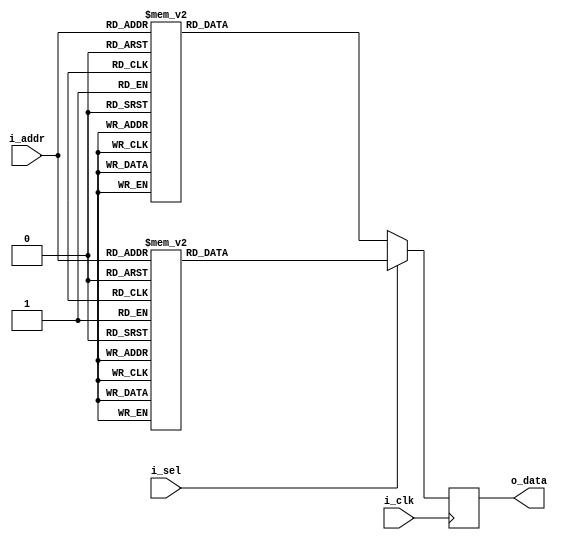
/*  
Copyright 2019 XCrypt Studio                
																	 
Licensed under the Apache License, Version 2.0 (the "License");         
you may not use this file except in compliance with the License.        
You may obtain a copy of the License at                                 
																	 
 http://www.apache.org/licenses/LICENSE-2.0                          
																	 
Unless required by applicable law or agreed to in writing, software    
distributed under the License is distributed on an "AS IS" BASIS,       
WITHOUT WARRANTIES OR CONDITIONS OF ANY KIND, either express or implied.
See the License for the specific language governing permissions and     
limitations under the License.                                          
*/  

// ------------------------------------------------------------------------------
// Function         :   CAST5 Cryptographic Algorithm Core SBox-3 & SBox-7
// ------------------------------------------------------------------------------
// Version            v-1.0
// ------------------------------------------------------------------------------

`timescale 1ns / 1ps

module cast5_sbox37(
	input 			i_clk,
	input			i_sel, //1:s-box3 0:s-box7
    input   [7:0]   i_addr,
    output  [31:0]  o_data
    );
	
	localparam DLY = 1;
	
    reg [31:0] r_dout;
    assign o_data = r_dout;
	//
    always@(posedge i_clk) begin
		if(i_sel) begin		//sbox-3
			case(i_addr)
				8'h00 : r_dout <= #DLY 32'h8defc240;
				8'h01 : r_dout <= #DLY 32'h25fa5d9f;
				8'h02 : r_dout <= #DLY 32'heb903dbf;
				8'h03 : r_dout <= #DLY 32'he810c907;
				8'h04 : r_dout <= #DLY 32'h47607fff;
				8'h05 : r_dout <= #DLY 32'h369fe44b;
				8'h06 : r_dout <= #DLY 32'h8c1fc644;
				8'h07 : r_dout <= #DLY 32'haececa90;
				8'h08 : r_dout <= #DLY 32'hbeb1f9bf;
				8'h09 : r_dout <= #DLY 32'heefbcaea;
				8'h0a : r_dout <= #DLY 32'he8cf1950;
				8'h0b : r_dout <= #DLY 32'h51df07ae;
				8'h0c : r_dout <= #DLY 32'h920e8806;
				8'h0d : r_dout <= #DLY 32'hf0ad0548;
				8'h0e : r_dout <= #DLY 32'he13c8d83;
				8'h0f : r_dout <= #DLY 32'h927010d5;
				8'h10 : r_dout <= #DLY 32'h11107d9f;
				8'h11 : r_dout <= #DLY 32'h07647db9;
				8'h12 : r_dout <= #DLY 32'hb2e3e4d4;
				8'h13 : r_dout <= #DLY 32'h3d4f285e;
				8'h14 : r_dout <= #DLY 32'hb9afa820;
				8'h15 : r_dout <= #DLY 32'hfade82e0;
				8'h16 : r_dout <= #DLY 32'ha067268b;
				8'h17 : r_dout <= #DLY 32'h8272792e;
				8'h18 : r_dout <= #DLY 32'h553fb2c0;
				8'h19 : r_dout <= #DLY 32'h489ae22b;
				8'h1a : r_dout <= #DLY 32'hd4ef9794;
				8'h1b : r_dout <= #DLY 32'h125e3fbc;
				8'h1c : r_dout <= #DLY 32'h21fffcee;
				8'h1d : r_dout <= #DLY 32'h825b1bfd;
				8'h1e : r_dout <= #DLY 32'h9255c5ed;
				8'h1f : r_dout <= #DLY 32'h1257a240;
				8'h20 : r_dout <= #DLY 32'h4e1a8302;
				8'h21 : r_dout <= #DLY 32'hbae07fff;
				8'h22 : r_dout <= #DLY 32'h528246e7;
				8'h23 : r_dout <= #DLY 32'h8e57140e;
				8'h24 : r_dout <= #DLY 32'h3373f7bf;
				8'h25 : r_dout <= #DLY 32'h8c9f8188;
				8'h26 : r_dout <= #DLY 32'ha6fc4ee8;
				8'h27 : r_dout <= #DLY 32'hc982b5a5;
				8'h28 : r_dout <= #DLY 32'ha8c01db7;
				8'h29 : r_dout <= #DLY 32'h579fc264;
				8'h2a : r_dout <= #DLY 32'h67094f31;
				8'h2b : r_dout <= #DLY 32'hf2bd3f5f;
				8'h2c : r_dout <= #DLY 32'h40fff7c1;
				8'h2d : r_dout <= #DLY 32'h1fb78dfc;
				8'h2e : r_dout <= #DLY 32'h8e6bd2c1;
				8'h2f : r_dout <= #DLY 32'h437be59b;
				8'h30 : r_dout <= #DLY 32'h99b03dbf;
				8'h31 : r_dout <= #DLY 32'hb5dbc64b;
				8'h32 : r_dout <= #DLY 32'h638dc0e6;
				8'h33 : r_dout <= #DLY 32'h55819d99;
				8'h34 : r_dout <= #DLY 32'ha197c81c;
				8'h35 : r_dout <= #DLY 32'h4a012d6e;
				8'h36 : r_dout <= #DLY 32'hc5884a28;
				8'h37 : r_dout <= #DLY 32'hccc36f71;
				8'h38 : r_dout <= #DLY 32'hb843c213;
				8'h39 : r_dout <= #DLY 32'h6c0743f1;
				8'h3a : r_dout <= #DLY 32'h8309893c;
				8'h3b : r_dout <= #DLY 32'h0feddd5f;
				8'h3c : r_dout <= #DLY 32'h2f7fe850;
				8'h3d : r_dout <= #DLY 32'hd7c07f7e;
				8'h3e : r_dout <= #DLY 32'h02507fbf;
				8'h3f : r_dout <= #DLY 32'h5afb9a04;
				8'h40 : r_dout <= #DLY 32'ha747d2d0;
				8'h41 : r_dout <= #DLY 32'h1651192e;
				8'h42 : r_dout <= #DLY 32'haf70bf3e;
				8'h43 : r_dout <= #DLY 32'h58c31380;
				8'h44 : r_dout <= #DLY 32'h5f98302e;
				8'h45 : r_dout <= #DLY 32'h727cc3c4;
				8'h46 : r_dout <= #DLY 32'h0a0fb402;
				8'h47 : r_dout <= #DLY 32'h0f7fef82;
				8'h48 : r_dout <= #DLY 32'h8c96fdad;
				8'h49 : r_dout <= #DLY 32'h5d2c2aae;
				8'h4a : r_dout <= #DLY 32'h8ee99a49;
				8'h4b : r_dout <= #DLY 32'h50da88b8;
				8'h4c : r_dout <= #DLY 32'h8427f4a0;
				8'h4d : r_dout <= #DLY 32'h1eac5790;
				8'h4e : r_dout <= #DLY 32'h796fb449;
				8'h4f : r_dout <= #DLY 32'h8252dc15;
				8'h50 : r_dout <= #DLY 32'hefbd7d9b;
				8'h51 : r_dout <= #DLY 32'ha672597d;
				8'h52 : r_dout <= #DLY 32'hada840d8;
				8'h53 : r_dout <= #DLY 32'h45f54504;
				8'h54 : r_dout <= #DLY 32'hfa5d7403;
				8'h55 : r_dout <= #DLY 32'he83ec305;
				8'h56 : r_dout <= #DLY 32'h4f91751a;
				8'h57 : r_dout <= #DLY 32'h925669c2;
				8'h58 : r_dout <= #DLY 32'h23efe941;
				8'h59 : r_dout <= #DLY 32'ha903f12e;
				8'h5a : r_dout <= #DLY 32'h60270df2;
				8'h5b : r_dout <= #DLY 32'h0276e4b6;
				8'h5c : r_dout <= #DLY 32'h94fd6574;
				8'h5d : r_dout <= #DLY 32'h927985b2;
				8'h5e : r_dout <= #DLY 32'h8276dbcb;
				8'h5f : r_dout <= #DLY 32'h02778176;
				8'h60 : r_dout <= #DLY 32'hf8af918d;
				8'h61 : r_dout <= #DLY 32'h4e48f79e;
				8'h62 : r_dout <= #DLY 32'h8f616ddf;
				8'h63 : r_dout <= #DLY 32'he29d840e;
				8'h64 : r_dout <= #DLY 32'h842f7d83;
				8'h65 : r_dout <= #DLY 32'h340ce5c8;
				8'h66 : r_dout <= #DLY 32'h96bbb682;
				8'h67 : r_dout <= #DLY 32'h93b4b148;
				8'h68 : r_dout <= #DLY 32'hef303cab;
				8'h69 : r_dout <= #DLY 32'h984faf28;
				8'h6a : r_dout <= #DLY 32'h779faf9b;
				8'h6b : r_dout <= #DLY 32'h92dc560d;
				8'h6c : r_dout <= #DLY 32'h224d1e20;
				8'h6d : r_dout <= #DLY 32'h8437aa88;
				8'h6e : r_dout <= #DLY 32'h7d29dc96;
				8'h6f : r_dout <= #DLY 32'h2756d3dc;
				8'h70 : r_dout <= #DLY 32'h8b907cee;
				8'h71 : r_dout <= #DLY 32'hb51fd240;
				8'h72 : r_dout <= #DLY 32'he7c07ce3;
				8'h73 : r_dout <= #DLY 32'he566b4a1;
				8'h74 : r_dout <= #DLY 32'hc3e9615e;
				8'h75 : r_dout <= #DLY 32'h3cf8209d;
				8'h76 : r_dout <= #DLY 32'h6094d1e3;
				8'h77 : r_dout <= #DLY 32'hcd9ca341;
				8'h78 : r_dout <= #DLY 32'h5c76460e;
				8'h79 : r_dout <= #DLY 32'h00ea983b;
				8'h7a : r_dout <= #DLY 32'hd4d67881;
				8'h7b : r_dout <= #DLY 32'hfd47572c;
				8'h7c : r_dout <= #DLY 32'hf76cedd9;
				8'h7d : r_dout <= #DLY 32'hbda8229c;
				8'h7e : r_dout <= #DLY 32'h127dadaa;
				8'h7f : r_dout <= #DLY 32'h438a074e;
				8'h80 : r_dout <= #DLY 32'h1f97c090;
				8'h81 : r_dout <= #DLY 32'h081bdb8a;
				8'h82 : r_dout <= #DLY 32'h93a07ebe;
				8'h83 : r_dout <= #DLY 32'hb938ca15;
				8'h84 : r_dout <= #DLY 32'h97b03cff;
				8'h85 : r_dout <= #DLY 32'h3dc2c0f8;
				8'h86 : r_dout <= #DLY 32'h8d1ab2ec;
				8'h87 : r_dout <= #DLY 32'h64380e51;
				8'h88 : r_dout <= #DLY 32'h68cc7bfb;
				8'h89 : r_dout <= #DLY 32'hd90f2788;
				8'h8a : r_dout <= #DLY 32'h12490181;
				8'h8b : r_dout <= #DLY 32'h5de5ffd4;
				8'h8c : r_dout <= #DLY 32'hdd7ef86a;
				8'h8d : r_dout <= #DLY 32'h76a2e214;
				8'h8e : r_dout <= #DLY 32'hb9a40368;
				8'h8f : r_dout <= #DLY 32'h925d958f;
				8'h90 : r_dout <= #DLY 32'h4b39fffa;
				8'h91 : r_dout <= #DLY 32'hba39aee9;
				8'h92 : r_dout <= #DLY 32'ha4ffd30b;
				8'h93 : r_dout <= #DLY 32'hfaf7933b;
				8'h94 : r_dout <= #DLY 32'h6d498623;
				8'h95 : r_dout <= #DLY 32'h193cbcfa;
				8'h96 : r_dout <= #DLY 32'h27627545;
				8'h97 : r_dout <= #DLY 32'h825cf47a;
				8'h98 : r_dout <= #DLY 32'h61bd8ba0;
				8'h99 : r_dout <= #DLY 32'hd11e42d1;
				8'h9a : r_dout <= #DLY 32'hcead04f4;
				8'h9b : r_dout <= #DLY 32'h127ea392;
				8'h9c : r_dout <= #DLY 32'h10428db7;
				8'h9d : r_dout <= #DLY 32'h8272a972;
				8'h9e : r_dout <= #DLY 32'h9270c4a8;
				8'h9f : r_dout <= #DLY 32'h127de50b;
				8'ha0 : r_dout <= #DLY 32'h285ba1c8;
				8'ha1 : r_dout <= #DLY 32'h3c62f44f;
				8'ha2 : r_dout <= #DLY 32'h35c0eaa5;
				8'ha3 : r_dout <= #DLY 32'he805d231;
				8'ha4 : r_dout <= #DLY 32'h428929fb;
				8'ha5 : r_dout <= #DLY 32'hb4fcdf82;
				8'ha6 : r_dout <= #DLY 32'h4fb66a53;
				8'ha7 : r_dout <= #DLY 32'h0e7dc15b;
				8'ha8 : r_dout <= #DLY 32'h1f081fab;
				8'ha9 : r_dout <= #DLY 32'h108618ae;
				8'haa : r_dout <= #DLY 32'hfcfd086d;
				8'hab : r_dout <= #DLY 32'hf9ff2889;
				8'hac : r_dout <= #DLY 32'h694bcc11;
				8'had : r_dout <= #DLY 32'h236a5cae;
				8'hae : r_dout <= #DLY 32'h12deca4d;
				8'haf : r_dout <= #DLY 32'h2c3f8cc5;
				8'hb0 : r_dout <= #DLY 32'hd2d02dfe;
				8'hb1 : r_dout <= #DLY 32'hf8ef5896;
				8'hb2 : r_dout <= #DLY 32'he4cf52da;
				8'hb3 : r_dout <= #DLY 32'h95155b67;
				8'hb4 : r_dout <= #DLY 32'h494a488c;
				8'hb5 : r_dout <= #DLY 32'hb9b6a80c;
				8'hb6 : r_dout <= #DLY 32'h5c8f82bc;
				8'hb7 : r_dout <= #DLY 32'h89d36b45;
				8'hb8 : r_dout <= #DLY 32'h3a609437;
				8'hb9 : r_dout <= #DLY 32'hec00c9a9;
				8'hba : r_dout <= #DLY 32'h44715253;
				8'hbb : r_dout <= #DLY 32'h0a874b49;
				8'hbc : r_dout <= #DLY 32'hd773bc40;
				8'hbd : r_dout <= #DLY 32'h7c34671c;
				8'hbe : r_dout <= #DLY 32'h02717ef6;
				8'hbf : r_dout <= #DLY 32'h4feb5536;
				8'hc0 : r_dout <= #DLY 32'ha2d02fff;
				8'hc1 : r_dout <= #DLY 32'hd2bf60c4;
				8'hc2 : r_dout <= #DLY 32'hd43f03c0;
				8'hc3 : r_dout <= #DLY 32'h50b4ef6d;
				8'hc4 : r_dout <= #DLY 32'h07478cd1;
				8'hc5 : r_dout <= #DLY 32'h006e1888;
				8'hc6 : r_dout <= #DLY 32'ha2e53f55;
				8'hc7 : r_dout <= #DLY 32'hb9e6d4bc;
				8'hc8 : r_dout <= #DLY 32'ha2048016;
				8'hc9 : r_dout <= #DLY 32'h97573833;
				8'hca : r_dout <= #DLY 32'hd7207d67;
				8'hcb : r_dout <= #DLY 32'hde0f8f3d;
				8'hcc : r_dout <= #DLY 32'h72f87b33;
				8'hcd : r_dout <= #DLY 32'habcc4f33;
				8'hce : r_dout <= #DLY 32'h7688c55d;
				8'hcf : r_dout <= #DLY 32'h7b00a6b0;
				8'hd0 : r_dout <= #DLY 32'h947b0001;
				8'hd1 : r_dout <= #DLY 32'h570075d2;
				8'hd2 : r_dout <= #DLY 32'hf9bb88f8;
				8'hd3 : r_dout <= #DLY 32'h8942019e;
				8'hd4 : r_dout <= #DLY 32'h4264a5ff;
				8'hd5 : r_dout <= #DLY 32'h856302e0;
				8'hd6 : r_dout <= #DLY 32'h72dbd92b;
				8'hd7 : r_dout <= #DLY 32'hee971b69;
				8'hd8 : r_dout <= #DLY 32'h6ea22fde;
				8'hd9 : r_dout <= #DLY 32'h5f08ae2b;
				8'hda : r_dout <= #DLY 32'haf7a616d;
				8'hdb : r_dout <= #DLY 32'he5c98767;
				8'hdc : r_dout <= #DLY 32'hcf1febd2;
				8'hdd : r_dout <= #DLY 32'h61efc8c2;
				8'hde : r_dout <= #DLY 32'hf1ac2571;
				8'hdf : r_dout <= #DLY 32'hcc8239c2;
				8'he0 : r_dout <= #DLY 32'h67214cb8;
				8'he1 : r_dout <= #DLY 32'hb1e583d1;
				8'he2 : r_dout <= #DLY 32'hb7dc3e62;
				8'he3 : r_dout <= #DLY 32'h7f10bdce;
				8'he4 : r_dout <= #DLY 32'hf90a5c38;
				8'he5 : r_dout <= #DLY 32'h0ff0443d;
				8'he6 : r_dout <= #DLY 32'h606e6dc6;
				8'he7 : r_dout <= #DLY 32'h60543a49;
				8'he8 : r_dout <= #DLY 32'h5727c148;
				8'he9 : r_dout <= #DLY 32'h2be98a1d;
				8'hea : r_dout <= #DLY 32'h8ab41738;
				8'heb : r_dout <= #DLY 32'h20e1be24;
				8'hec : r_dout <= #DLY 32'haf96da0f;
				8'hed : r_dout <= #DLY 32'h68458425;
				8'hee : r_dout <= #DLY 32'h99833be5;
				8'hef : r_dout <= #DLY 32'h600d457d;
				8'hf0 : r_dout <= #DLY 32'h282f9350;
				8'hf1 : r_dout <= #DLY 32'h8334b362;
				8'hf2 : r_dout <= #DLY 32'hd91d1120;
				8'hf3 : r_dout <= #DLY 32'h2b6d8da0;
				8'hf4 : r_dout <= #DLY 32'h642b1e31;
				8'hf5 : r_dout <= #DLY 32'h9c305a00;
				8'hf6 : r_dout <= #DLY 32'h52bce688;
				8'hf7 : r_dout <= #DLY 32'h1b03588a;
				8'hf8 : r_dout <= #DLY 32'hf7baefd5;
				8'hf9 : r_dout <= #DLY 32'h4142ed9c;
				8'hfa : r_dout <= #DLY 32'ha4315c11;
				8'hfb : r_dout <= #DLY 32'h83323ec5;
				8'hfc : r_dout <= #DLY 32'hdfef4636;
				8'hfd : r_dout <= #DLY 32'ha133c501;
				8'hfe : r_dout <= #DLY 32'he9d3531c;
				8'hff : r_dout <= #DLY 32'hee353783;
			endcase
		end else begin
			case(i_addr)	//s-box7
				8'h00 : r_dout <= #DLY 32'h85e04019;
				8'h01 : r_dout <= #DLY 32'h332bf567;
				8'h02 : r_dout <= #DLY 32'h662dbfff;
				8'h03 : r_dout <= #DLY 32'hcfc65693;
				8'h04 : r_dout <= #DLY 32'h2a8d7f6f;
				8'h05 : r_dout <= #DLY 32'hab9bc912;
				8'h06 : r_dout <= #DLY 32'hde6008a1;
				8'h07 : r_dout <= #DLY 32'h2028da1f;
				8'h08 : r_dout <= #DLY 32'h0227bce7;
				8'h09 : r_dout <= #DLY 32'h4d642916;
				8'h0a : r_dout <= #DLY 32'h18fac300;
				8'h0b : r_dout <= #DLY 32'h50f18b82;
				8'h0c : r_dout <= #DLY 32'h2cb2cb11;
				8'h0d : r_dout <= #DLY 32'hb232e75c;
				8'h0e : r_dout <= #DLY 32'h4b3695f2;
				8'h0f : r_dout <= #DLY 32'hb28707de;
				8'h10 : r_dout <= #DLY 32'ha05fbcf6;
				8'h11 : r_dout <= #DLY 32'hcd4181e9;
				8'h12 : r_dout <= #DLY 32'he150210c;
				8'h13 : r_dout <= #DLY 32'he24ef1bd;
				8'h14 : r_dout <= #DLY 32'hb168c381;
				8'h15 : r_dout <= #DLY 32'hfde4e789;
				8'h16 : r_dout <= #DLY 32'h5c79b0d8;
				8'h17 : r_dout <= #DLY 32'h1e8bfd43;
				8'h18 : r_dout <= #DLY 32'h4d495001;
				8'h19 : r_dout <= #DLY 32'h38be4341;
				8'h1a : r_dout <= #DLY 32'h913cee1d;
				8'h1b : r_dout <= #DLY 32'h92a79c3f;
				8'h1c : r_dout <= #DLY 32'h089766be;
				8'h1d : r_dout <= #DLY 32'hbaeeadf4;
				8'h1e : r_dout <= #DLY 32'h1286becf;
				8'h1f : r_dout <= #DLY 32'hb6eacb19;
				8'h20 : r_dout <= #DLY 32'h2660c200;
				8'h21 : r_dout <= #DLY 32'h7565bde4;
				8'h22 : r_dout <= #DLY 32'h64241f7a;
				8'h23 : r_dout <= #DLY 32'h8248dca9;
				8'h24 : r_dout <= #DLY 32'hc3b3ad66;
				8'h25 : r_dout <= #DLY 32'h28136086;
				8'h26 : r_dout <= #DLY 32'h0bd8dfa8;
				8'h27 : r_dout <= #DLY 32'h356d1cf2;
				8'h28 : r_dout <= #DLY 32'h107789be;
				8'h29 : r_dout <= #DLY 32'hb3b2e9ce;
				8'h2a : r_dout <= #DLY 32'h0502aa8f;
				8'h2b : r_dout <= #DLY 32'h0bc0351e;
				8'h2c : r_dout <= #DLY 32'h166bf52a;
				8'h2d : r_dout <= #DLY 32'heb12ff82;
				8'h2e : r_dout <= #DLY 32'he3486911;
				8'h2f : r_dout <= #DLY 32'hd34d7516;
				8'h30 : r_dout <= #DLY 32'h4e7b3aff;
				8'h31 : r_dout <= #DLY 32'h5f43671b;
				8'h32 : r_dout <= #DLY 32'h9cf6e037;
				8'h33 : r_dout <= #DLY 32'h4981ac83;
				8'h34 : r_dout <= #DLY 32'h334266ce;
				8'h35 : r_dout <= #DLY 32'h8c9341b7;
				8'h36 : r_dout <= #DLY 32'hd0d854c0;
				8'h37 : r_dout <= #DLY 32'hcb3a6c88;
				8'h38 : r_dout <= #DLY 32'h47bc2829;
				8'h39 : r_dout <= #DLY 32'h4725ba37;
				8'h3a : r_dout <= #DLY 32'ha66ad22b;
				8'h3b : r_dout <= #DLY 32'h7ad61f1e;
				8'h3c : r_dout <= #DLY 32'h0c5cbafa;
				8'h3d : r_dout <= #DLY 32'h4437f107;
				8'h3e : r_dout <= #DLY 32'hb6e79962;
				8'h3f : r_dout <= #DLY 32'h42d2d816;
				8'h40 : r_dout <= #DLY 32'h0a961288;
				8'h41 : r_dout <= #DLY 32'he1a5c06e;
				8'h42 : r_dout <= #DLY 32'h13749e67;
				8'h43 : r_dout <= #DLY 32'h72fc081a;
				8'h44 : r_dout <= #DLY 32'hb1d139f7;
				8'h45 : r_dout <= #DLY 32'hf9583745;
				8'h46 : r_dout <= #DLY 32'hcf19df58;
				8'h47 : r_dout <= #DLY 32'hbec3f756;
				8'h48 : r_dout <= #DLY 32'hc06eba30;
				8'h49 : r_dout <= #DLY 32'h07211b24;
				8'h4a : r_dout <= #DLY 32'h45c28829;
				8'h4b : r_dout <= #DLY 32'hc95e317f;
				8'h4c : r_dout <= #DLY 32'hbc8ec511;
				8'h4d : r_dout <= #DLY 32'h38bc46e9;
				8'h4e : r_dout <= #DLY 32'hc6e6fa14;
				8'h4f : r_dout <= #DLY 32'hbae8584a;
				8'h50 : r_dout <= #DLY 32'had4ebc46;
				8'h51 : r_dout <= #DLY 32'h468f508b;
				8'h52 : r_dout <= #DLY 32'h7829435f;
				8'h53 : r_dout <= #DLY 32'hf124183b;
				8'h54 : r_dout <= #DLY 32'h821dba9f;
				8'h55 : r_dout <= #DLY 32'haff60ff4;
				8'h56 : r_dout <= #DLY 32'hea2c4e6d;
				8'h57 : r_dout <= #DLY 32'h16e39264;
				8'h58 : r_dout <= #DLY 32'h92544a8b;
				8'h59 : r_dout <= #DLY 32'h009b4fc3;
				8'h5a : r_dout <= #DLY 32'haba68ced;
				8'h5b : r_dout <= #DLY 32'h9ac96f78;
				8'h5c : r_dout <= #DLY 32'h06a5b79a;
				8'h5d : r_dout <= #DLY 32'hb2856e6e;
				8'h5e : r_dout <= #DLY 32'h1aec3ca9;
				8'h5f : r_dout <= #DLY 32'hbe838688;
				8'h60 : r_dout <= #DLY 32'h0e0804e9;
				8'h61 : r_dout <= #DLY 32'h55f1be56;
				8'h62 : r_dout <= #DLY 32'he7e5363b;
				8'h63 : r_dout <= #DLY 32'hb3a1f25d;
				8'h64 : r_dout <= #DLY 32'hf7debb85;
				8'h65 : r_dout <= #DLY 32'h61fe033c;
				8'h66 : r_dout <= #DLY 32'h16746233;
				8'h67 : r_dout <= #DLY 32'h3c034c28;
				8'h68 : r_dout <= #DLY 32'hda6d0c74;
				8'h69 : r_dout <= #DLY 32'h79aac56c;
				8'h6a : r_dout <= #DLY 32'h3ce4e1ad;
				8'h6b : r_dout <= #DLY 32'h51f0c802;
				8'h6c : r_dout <= #DLY 32'h98f8f35a;
				8'h6d : r_dout <= #DLY 32'h1626a49f;
				8'h6e : r_dout <= #DLY 32'heed82b29;
				8'h6f : r_dout <= #DLY 32'h1d382fe3;
				8'h70 : r_dout <= #DLY 32'h0c4fb99a;
				8'h71 : r_dout <= #DLY 32'hbb325778;
				8'h72 : r_dout <= #DLY 32'h3ec6d97b;
				8'h73 : r_dout <= #DLY 32'h6e77a6a9;
				8'h74 : r_dout <= #DLY 32'hcb658b5c;
				8'h75 : r_dout <= #DLY 32'hd45230c7;
				8'h76 : r_dout <= #DLY 32'h2bd1408b;
				8'h77 : r_dout <= #DLY 32'h60c03eb7;
				8'h78 : r_dout <= #DLY 32'hb9068d78;
				8'h79 : r_dout <= #DLY 32'ha33754f4;
				8'h7a : r_dout <= #DLY 32'hf430c87d;
				8'h7b : r_dout <= #DLY 32'hc8a71302;
				8'h7c : r_dout <= #DLY 32'hb96d8c32;
				8'h7d : r_dout <= #DLY 32'hebd4e7be;
				8'h7e : r_dout <= #DLY 32'hbe8b9d2d;
				8'h7f : r_dout <= #DLY 32'h7979fb06;
				8'h80 : r_dout <= #DLY 32'he7225308;
				8'h81 : r_dout <= #DLY 32'h8b75cf77;
				8'h82 : r_dout <= #DLY 32'h11ef8da4;
				8'h83 : r_dout <= #DLY 32'he083c858;
				8'h84 : r_dout <= #DLY 32'h8d6b786f;
				8'h85 : r_dout <= #DLY 32'h5a6317a6;
				8'h86 : r_dout <= #DLY 32'hfa5cf7a0;
				8'h87 : r_dout <= #DLY 32'h5dda0033;
				8'h88 : r_dout <= #DLY 32'hf28ebfb0;
				8'h89 : r_dout <= #DLY 32'hf5b9c310;
				8'h8a : r_dout <= #DLY 32'ha0eac280;
				8'h8b : r_dout <= #DLY 32'h08b9767a;
				8'h8c : r_dout <= #DLY 32'ha3d9d2b0;
				8'h8d : r_dout <= #DLY 32'h79d34217;
				8'h8e : r_dout <= #DLY 32'h021a718d;
				8'h8f : r_dout <= #DLY 32'h9ac6336a;
				8'h90 : r_dout <= #DLY 32'h2711fd60;
				8'h91 : r_dout <= #DLY 32'h438050e3;
				8'h92 : r_dout <= #DLY 32'h069908a8;
				8'h93 : r_dout <= #DLY 32'h3d7fedc4;
				8'h94 : r_dout <= #DLY 32'h826d2bef;
				8'h95 : r_dout <= #DLY 32'h4eeb8476;
				8'h96 : r_dout <= #DLY 32'h488dcf25;
				8'h97 : r_dout <= #DLY 32'h36c9d566;
				8'h98 : r_dout <= #DLY 32'h28e74e41;
				8'h99 : r_dout <= #DLY 32'hc2610aca;
				8'h9a : r_dout <= #DLY 32'h3d49a9cf;
				8'h9b : r_dout <= #DLY 32'hbae3b9df;
				8'h9c : r_dout <= #DLY 32'hb65f8de6;
				8'h9d : r_dout <= #DLY 32'h92aeaf64;
				8'h9e : r_dout <= #DLY 32'h3ac7d5e6;
				8'h9f : r_dout <= #DLY 32'h9ea80509;
				8'ha0 : r_dout <= #DLY 32'hf22b017d;
				8'ha1 : r_dout <= #DLY 32'ha4173f70;
				8'ha2 : r_dout <= #DLY 32'hdd1e16c3;
				8'ha3 : r_dout <= #DLY 32'h15e0d7f9;
				8'ha4 : r_dout <= #DLY 32'h50b1b887;
				8'ha5 : r_dout <= #DLY 32'h2b9f4fd5;
				8'ha6 : r_dout <= #DLY 32'h625aba82;
				8'ha7 : r_dout <= #DLY 32'h6a017962;
				8'ha8 : r_dout <= #DLY 32'h2ec01b9c;
				8'ha9 : r_dout <= #DLY 32'h15488aa9;
				8'haa : r_dout <= #DLY 32'hd716e740;
				8'hab : r_dout <= #DLY 32'h40055a2c;
				8'hac : r_dout <= #DLY 32'h93d29a22;
				8'had : r_dout <= #DLY 32'he32dbf9a;
				8'hae : r_dout <= #DLY 32'h058745b9;
				8'haf : r_dout <= #DLY 32'h3453dc1e;
				8'hb0 : r_dout <= #DLY 32'hd699296e;
				8'hb1 : r_dout <= #DLY 32'h496cff6f;
				8'hb2 : r_dout <= #DLY 32'h1c9f4986;
				8'hb3 : r_dout <= #DLY 32'hdfe2ed07;
				8'hb4 : r_dout <= #DLY 32'hb87242d1;
				8'hb5 : r_dout <= #DLY 32'h19de7eae;
				8'hb6 : r_dout <= #DLY 32'h053e561a;
				8'hb7 : r_dout <= #DLY 32'h15ad6f8c;
				8'hb8 : r_dout <= #DLY 32'h66626c1c;
				8'hb9 : r_dout <= #DLY 32'h7154c24c;
				8'hba : r_dout <= #DLY 32'hea082b2a;
				8'hbb : r_dout <= #DLY 32'h93eb2939;
				8'hbc : r_dout <= #DLY 32'h17dcb0f0;
				8'hbd : r_dout <= #DLY 32'h58d4f2ae;
				8'hbe : r_dout <= #DLY 32'h9ea294fb;
				8'hbf : r_dout <= #DLY 32'h52cf564c;
				8'hc0 : r_dout <= #DLY 32'h9883fe66;
				8'hc1 : r_dout <= #DLY 32'h2ec40581;
				8'hc2 : r_dout <= #DLY 32'h763953c3;
				8'hc3 : r_dout <= #DLY 32'h01d6692e;
				8'hc4 : r_dout <= #DLY 32'hd3a0c108;
				8'hc5 : r_dout <= #DLY 32'ha1e7160e;
				8'hc6 : r_dout <= #DLY 32'he4f2dfa6;
				8'hc7 : r_dout <= #DLY 32'h693ed285;
				8'hc8 : r_dout <= #DLY 32'h74904698;
				8'hc9 : r_dout <= #DLY 32'h4c2b0edd;
				8'hca : r_dout <= #DLY 32'h4f757656;
				8'hcb : r_dout <= #DLY 32'h5d393378;
				8'hcc : r_dout <= #DLY 32'ha132234f;
				8'hcd : r_dout <= #DLY 32'h3d321c5d;
				8'hce : r_dout <= #DLY 32'hc3f5e194;
				8'hcf : r_dout <= #DLY 32'h4b269301;
				8'hd0 : r_dout <= #DLY 32'hc79f022f;
				8'hd1 : r_dout <= #DLY 32'h3c997e7e;
				8'hd2 : r_dout <= #DLY 32'h5e4f9504;
				8'hd3 : r_dout <= #DLY 32'h3ffafbbd;
				8'hd4 : r_dout <= #DLY 32'h76f7ad0e;
				8'hd5 : r_dout <= #DLY 32'h296693f4;
				8'hd6 : r_dout <= #DLY 32'h3d1fce6f;
				8'hd7 : r_dout <= #DLY 32'hc61e45be;
				8'hd8 : r_dout <= #DLY 32'hd3b5ab34;
				8'hd9 : r_dout <= #DLY 32'hf72bf9b7;
				8'hda : r_dout <= #DLY 32'h1b0434c0;
				8'hdb : r_dout <= #DLY 32'h4e72b567;
				8'hdc : r_dout <= #DLY 32'h5592a33d;
				8'hdd : r_dout <= #DLY 32'hb5229301;
				8'hde : r_dout <= #DLY 32'hcfd2a87f;
				8'hdf : r_dout <= #DLY 32'h60aeb767;
				8'he0 : r_dout <= #DLY 32'h1814386b;
				8'he1 : r_dout <= #DLY 32'h30bcc33d;
				8'he2 : r_dout <= #DLY 32'h38a0c07d;
				8'he3 : r_dout <= #DLY 32'hfd1606f2;
				8'he4 : r_dout <= #DLY 32'hc363519b;
				8'he5 : r_dout <= #DLY 32'h589dd390;
				8'he6 : r_dout <= #DLY 32'h5479f8e6;
				8'he7 : r_dout <= #DLY 32'h1cb8d647;
				8'he8 : r_dout <= #DLY 32'h97fd61a9;
				8'he9 : r_dout <= #DLY 32'hea7759f4;
				8'hea : r_dout <= #DLY 32'h2d57539d;
				8'heb : r_dout <= #DLY 32'h569a58cf;
				8'hec : r_dout <= #DLY 32'he84e63ad;
				8'hed : r_dout <= #DLY 32'h462e1b78;
				8'hee : r_dout <= #DLY 32'h6580f87e;
				8'hef : r_dout <= #DLY 32'hf3817914;
				8'hf0 : r_dout <= #DLY 32'h91da55f4;
				8'hf1 : r_dout <= #DLY 32'h40a230f3;
				8'hf2 : r_dout <= #DLY 32'hd1988f35;
				8'hf3 : r_dout <= #DLY 32'hb6e318d2;
				8'hf4 : r_dout <= #DLY 32'h3ffa50bc;
				8'hf5 : r_dout <= #DLY 32'h3d40f021;
				8'hf6 : r_dout <= #DLY 32'hc3c0bdae;
				8'hf7 : r_dout <= #DLY 32'h4958c24c;
				8'hf8 : r_dout <= #DLY 32'h518f36b2;
				8'hf9 : r_dout <= #DLY 32'h84b1d370;
				8'hfa : r_dout <= #DLY 32'h0fedce83;
				8'hfb : r_dout <= #DLY 32'h878ddada;
				8'hfc : r_dout <= #DLY 32'hf2a279c7;
				8'hfd : r_dout <= #DLY 32'h94e01be8;
				8'hfe : r_dout <= #DLY 32'h90716f4b;
				8'hff : r_dout <= #DLY 32'h954b8aa3;
			endcase
		end
    end

endmodule